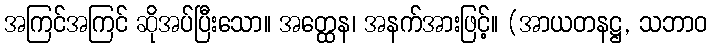
အကြင်အကြင် ဆိုအပ်ပြီးသော။ အတ္ထေန၊ အနက်အားဖြင့်။ (အာယတနဋ္ဌ, သဘာဝ